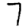
Digit: 7